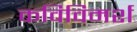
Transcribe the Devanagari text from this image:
कविविमर्श